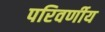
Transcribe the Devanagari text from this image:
परिवर्णीय